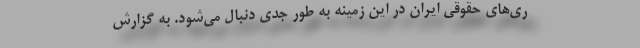
ری‌های حقوقی ایران در این زمینه به طور جدی دنبال می‌شود. به گزارش